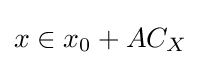
x\in x_{0}+AC_{X}